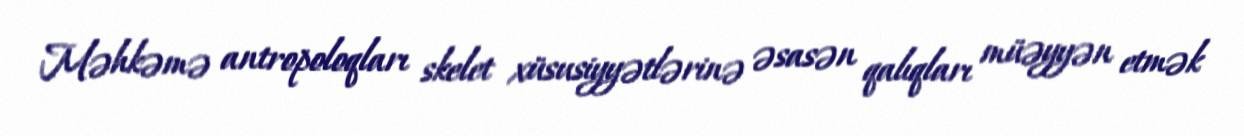
Məhkəmə antropoloqları skelet xüsusiyyətlərinə əsasən qalıqları müəyyən etmək